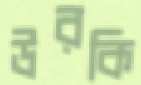
উরকি